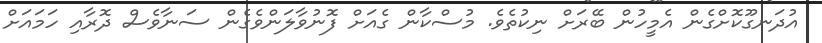
އުދަނގޫކޮށްގެން އެމީހުން ބޭރަށް ނިކުތެވެ. މުސްކާން ގެއަށް ފޮނުވާލަންވެގެން ސަނާވެސް ދޮރާއި ހަމައަށް